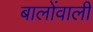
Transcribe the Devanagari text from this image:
बालोंवाली